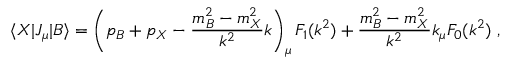
\langle X | J _ { \mu } | B \rangle = \left( p _ { B } + p _ { X } - \frac { m _ { B } ^ { 2 } - m _ { X } ^ { 2 } } { k ^ { 2 } } k \right) _ { \mu } F _ { 1 } ( k ^ { 2 } ) + \frac { m _ { B } ^ { 2 } - m _ { X } ^ { 2 } } { k ^ { 2 } } k _ { \mu } F _ { 0 } ( k ^ { 2 } ) \ ,